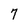
Character: 7